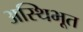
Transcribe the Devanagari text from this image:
अस्थिभूत